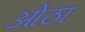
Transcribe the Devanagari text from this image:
ओठा